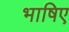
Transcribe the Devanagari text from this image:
भाषिए